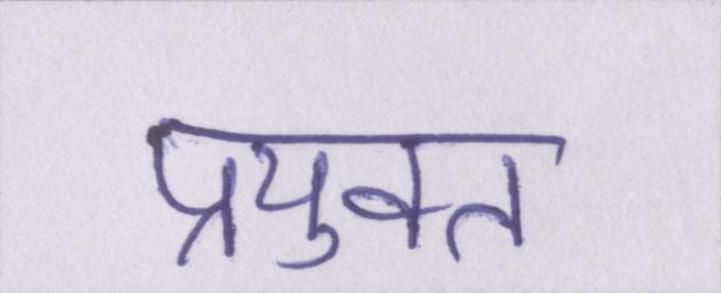
प्रयुक्त